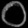
Digit: ၀